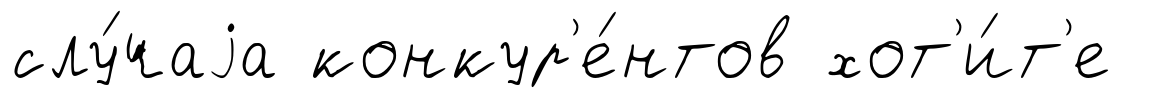
слу́чаjа конкур'е́нтов хот'и́т'е